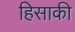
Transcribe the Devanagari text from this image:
हिसाकी